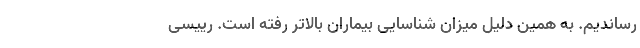
رساندیم. به همین دلیل میزان شناسایی بیماران بالاتر رفته است. رییسی